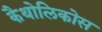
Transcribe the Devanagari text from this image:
कैथोलिकोस